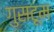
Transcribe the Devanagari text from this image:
गुसटूम